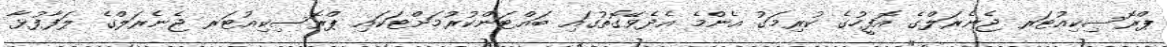
ޕްރޮސިކިއުޓަރ ޖެނެރަލްގެ އޮފީހުގެ ކުރިމަގު އެންމެ އެދެވޭގޮތުގައި ބައްޓަންކުރުމަށްޓަކައި ޕްރޮސިކިއުޓަރ ޖެނެރަލްގެ ލަފާފުޅާ